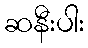
ဆနီးပါး